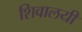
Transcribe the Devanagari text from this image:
शिवालयी